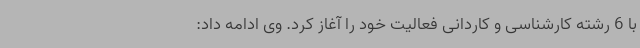
با 6 رشته کارشناسی و کاردانی فعالیت خود را آغاز کرد. وی ادامه داد: